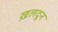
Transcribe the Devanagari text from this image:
ख़लदून